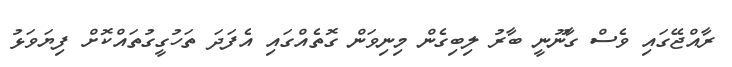
ރާއްޖޭގައި ވެސް ގާނޫނީ ބާރު ލިބިގެން މިނިވަން ގޮތެއްގައި އެފަދަ ތަހުގީގުތައްކޮށް ފިޔަވަޅު